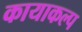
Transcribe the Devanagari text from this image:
कायाकल्‍प